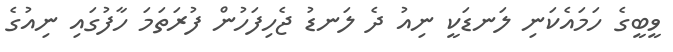
ވީބީގެ ހަމައެކަނި ލަނޑަކީ ނިއު ދެ ލަނޑު ޖެހިފަހުން ފުރަތަމަ ހާފުގައި ނިއުގެ